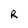
Character: R